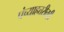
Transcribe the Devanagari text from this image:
पंच्याहत्तरीतही